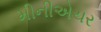
મીનીએચર